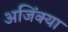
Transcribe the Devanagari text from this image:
अजिंक्या